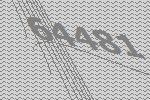
64481